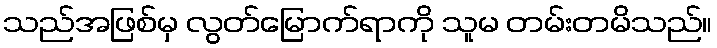
သည်အဖြစ်မှ လွတ်မြောက်ရာကို သူမ တမ်းတမိသည်။